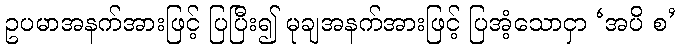
ဥပမာအနက်အားဖြင့် ပြပြီး၍ မုချအနက်အားဖြင့် ပြအံ့သောငှာ ‘အပိ စ’